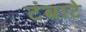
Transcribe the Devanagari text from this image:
टंबाटे